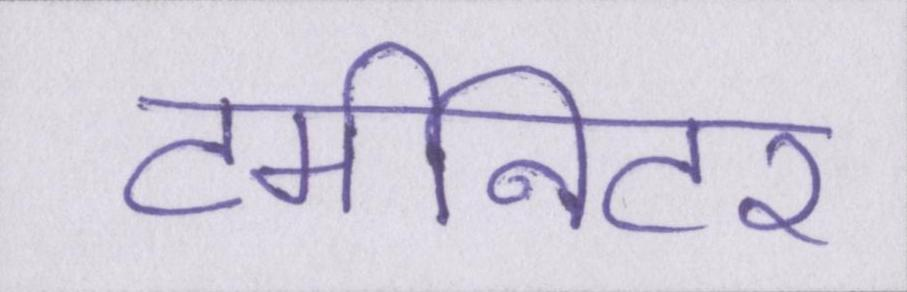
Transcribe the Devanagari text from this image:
टर्मीनेटर